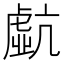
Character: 𧇠